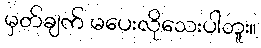
မှတ်ချက် မပေးလိုသေးပါဘူး။